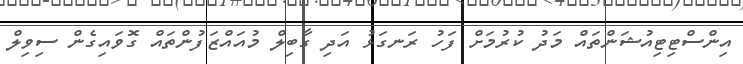
އިންސްޓިޓިއުޝަންތައް މަދު ކުރުމަށް ފަހު ރަނގަޅު އަދި ގާބިލް މުއައްޒަފުންތައް ގޮވައިގެން ސިވިލް